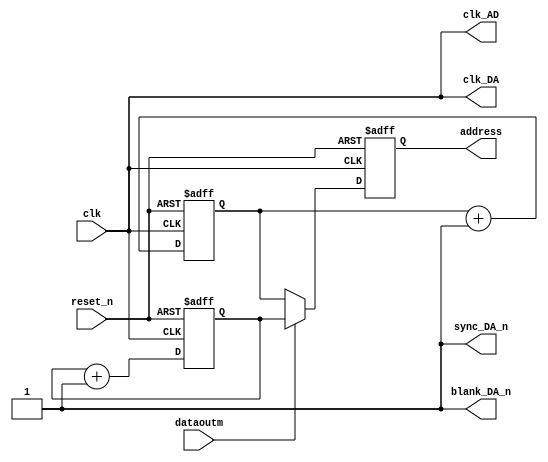
module Controller(
			clk,
			reset_n,
         dataoutm, 
			address,
			clk_DA,
			blank_DA_n,
			sync_DA_n,
			clk_AD
);

	input            clk         ;
	input            reset_n     ;
	input            dataoutm    ;
	
	output [ 6 : 0 ] address     ;
	output           clk_DA      ; 
	output           clk_AD;
	output           sync_DA_n   ; 
	output           blank_DA_n  ; 
	reg    [ 6 : 0 ] address_data1;
	reg    [ 6 : 0 ] address_data2;
	reg    [ 6 : 0 ] address_data;
	
//   always @(dataoutm)
//   begin	
//		 case(dataoutm)
//	       1'b0:   begin  
//	                  address_data=address_data2;
//			         end
//	       1'b1:   begin
//	                  address_data=address_data1;
//			         end
//			 default:begin
//			            address_data=5'bzzzzz;
//						end
//       endcase
//   end
	always @( posedge clk or negedge reset_n )
	begin
     if(!reset_n)          //
     begin
       address_data1<=7'b001_1111;//
       address_data2<=7'b101_1111;//0
	  end
	  else                 //
	  begin
       address_data1<=address_data1+7'b000_0001;//
		 address_data2<=address_data2+7'b000_0001;
	  end
	end

	always @( posedge clk or negedge reset_n )
	begin
     if(!reset_n)         
       address_data<=7'b000_0000;//
	  else if(!dataoutm)                
       address_data<=address_data2;//m0address_data2
	  else if(dataoutm)
		 address_data<=address_data1;
	  else
		;
	end
	
   assign address    = address_data;
	assign clk_DA     = clk;
	assign clk_AD     =clk;
	assign blank_DA_n = 1'b1;
	assign sync_DA_n  = 1'b1;
	
 endmodule